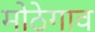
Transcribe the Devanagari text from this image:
मोठेगाव